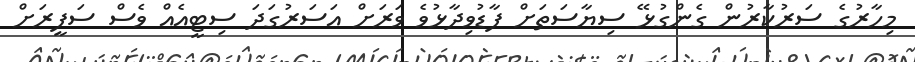
މިހާރުގެ ސަރުކާރުން ގެންގުޅޭ ސިޔާސަތަށް ފާޑުވިދާޅުވެ ވަރަށް އަސަރުގަދަ ސިޓީއެއް ވެސް ސަފީރަށް